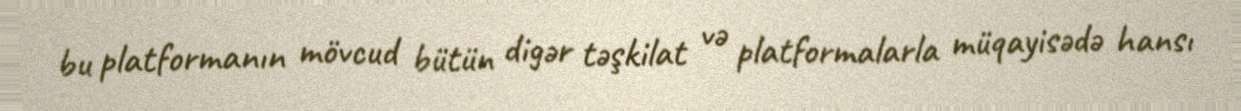
bu platformanın mövcud bütün digər təşkilat və platformalarla müqayisədə hansı